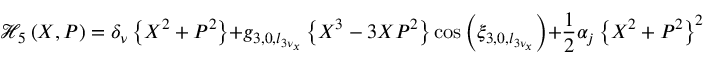
\displaystyle \mathcal { H } _ { 5 } \left( X , P \right) = \delta _ { \nu } \left\{ X ^ { 2 } + P ^ { 2 } \right\} + g _ { 3 , 0 , l _ { 3 \nu _ { x } } } \left\{ X ^ { 3 } - 3 X P ^ { 2 } \right\} \cos { \left( \xi _ { 3 , 0 , l _ { 3 \nu _ { x } } } \right) } + \frac { 1 } { 2 } \alpha _ { j } \left\{ X ^ { 2 } + P ^ { 2 } \right\} ^ { 2 } ,